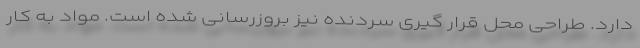
دارد. طراحی محل قرار گیری سردنده نیز بروزرسانی شده است. مواد به کار